65_HS1-834228961_62-HQ-83894_Section_5
Agency: FBI
Page 182
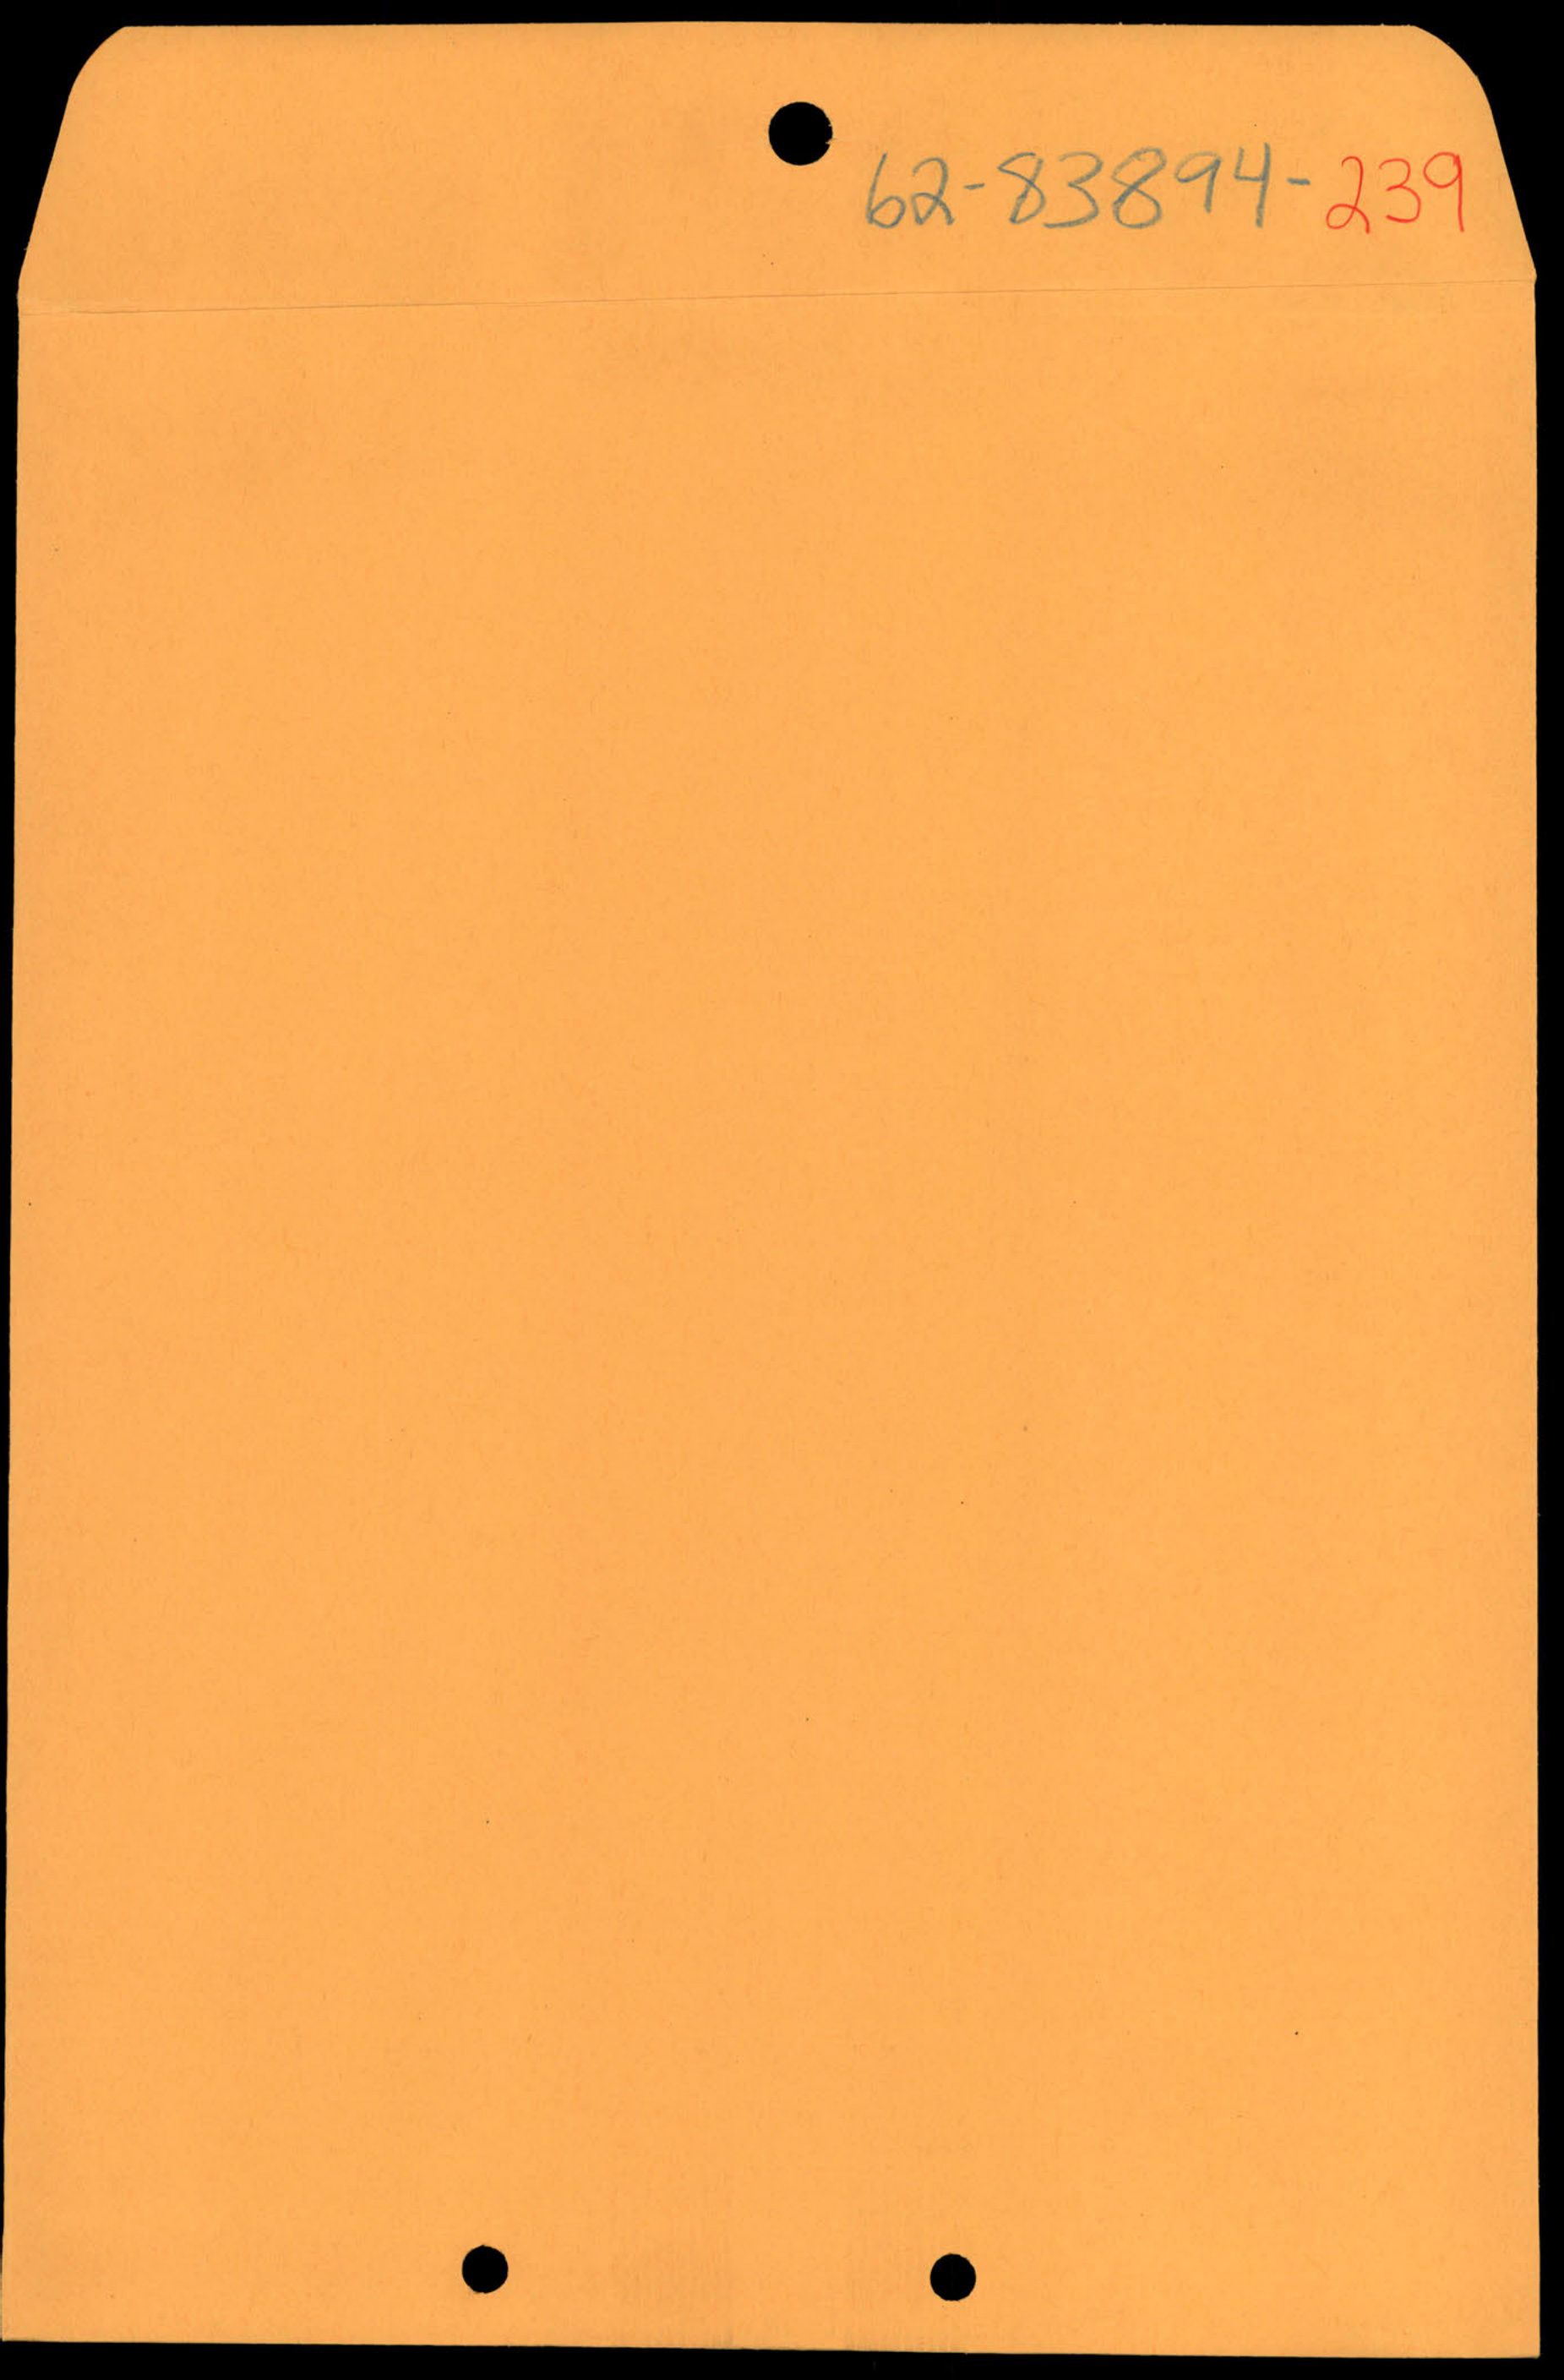